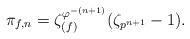
LaTeX: \begin{align*}\pi_{f, n} = \zeta_{(f)}^{\varphi^{-(n+1)}} (\zeta_{p^{n+1}}-1).\end{align*}